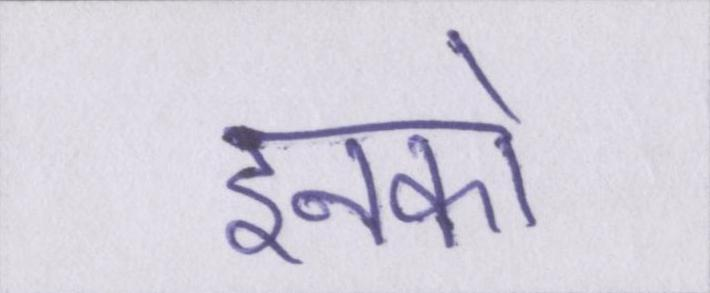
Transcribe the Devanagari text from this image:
इनको